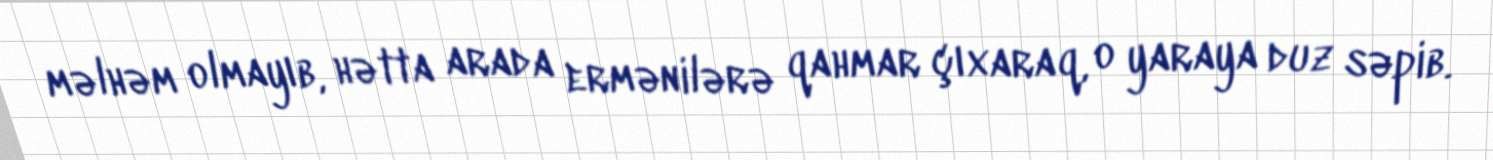
məlhəm olmayıb, hətta arada ermənilərə qahmar çıxaraq, o yaraya duz səpib.